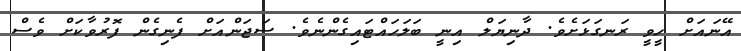
އޭނައަށް ހީވީ ރަނގަޅަށެވެ. ދާނިޔަލް އިނީ ބަލަހައްޓައިގެންނެވެ. ސަޖަންއަށް ފެނިގެން ފޮރުވާކަށް ވެސް